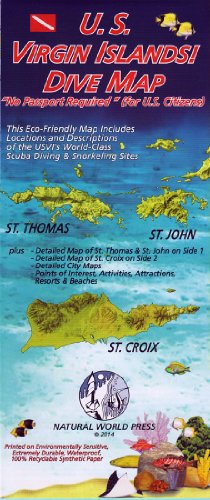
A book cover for U.S. Virgin Islands! DIVE MAP; Frank Nielsen; Travel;